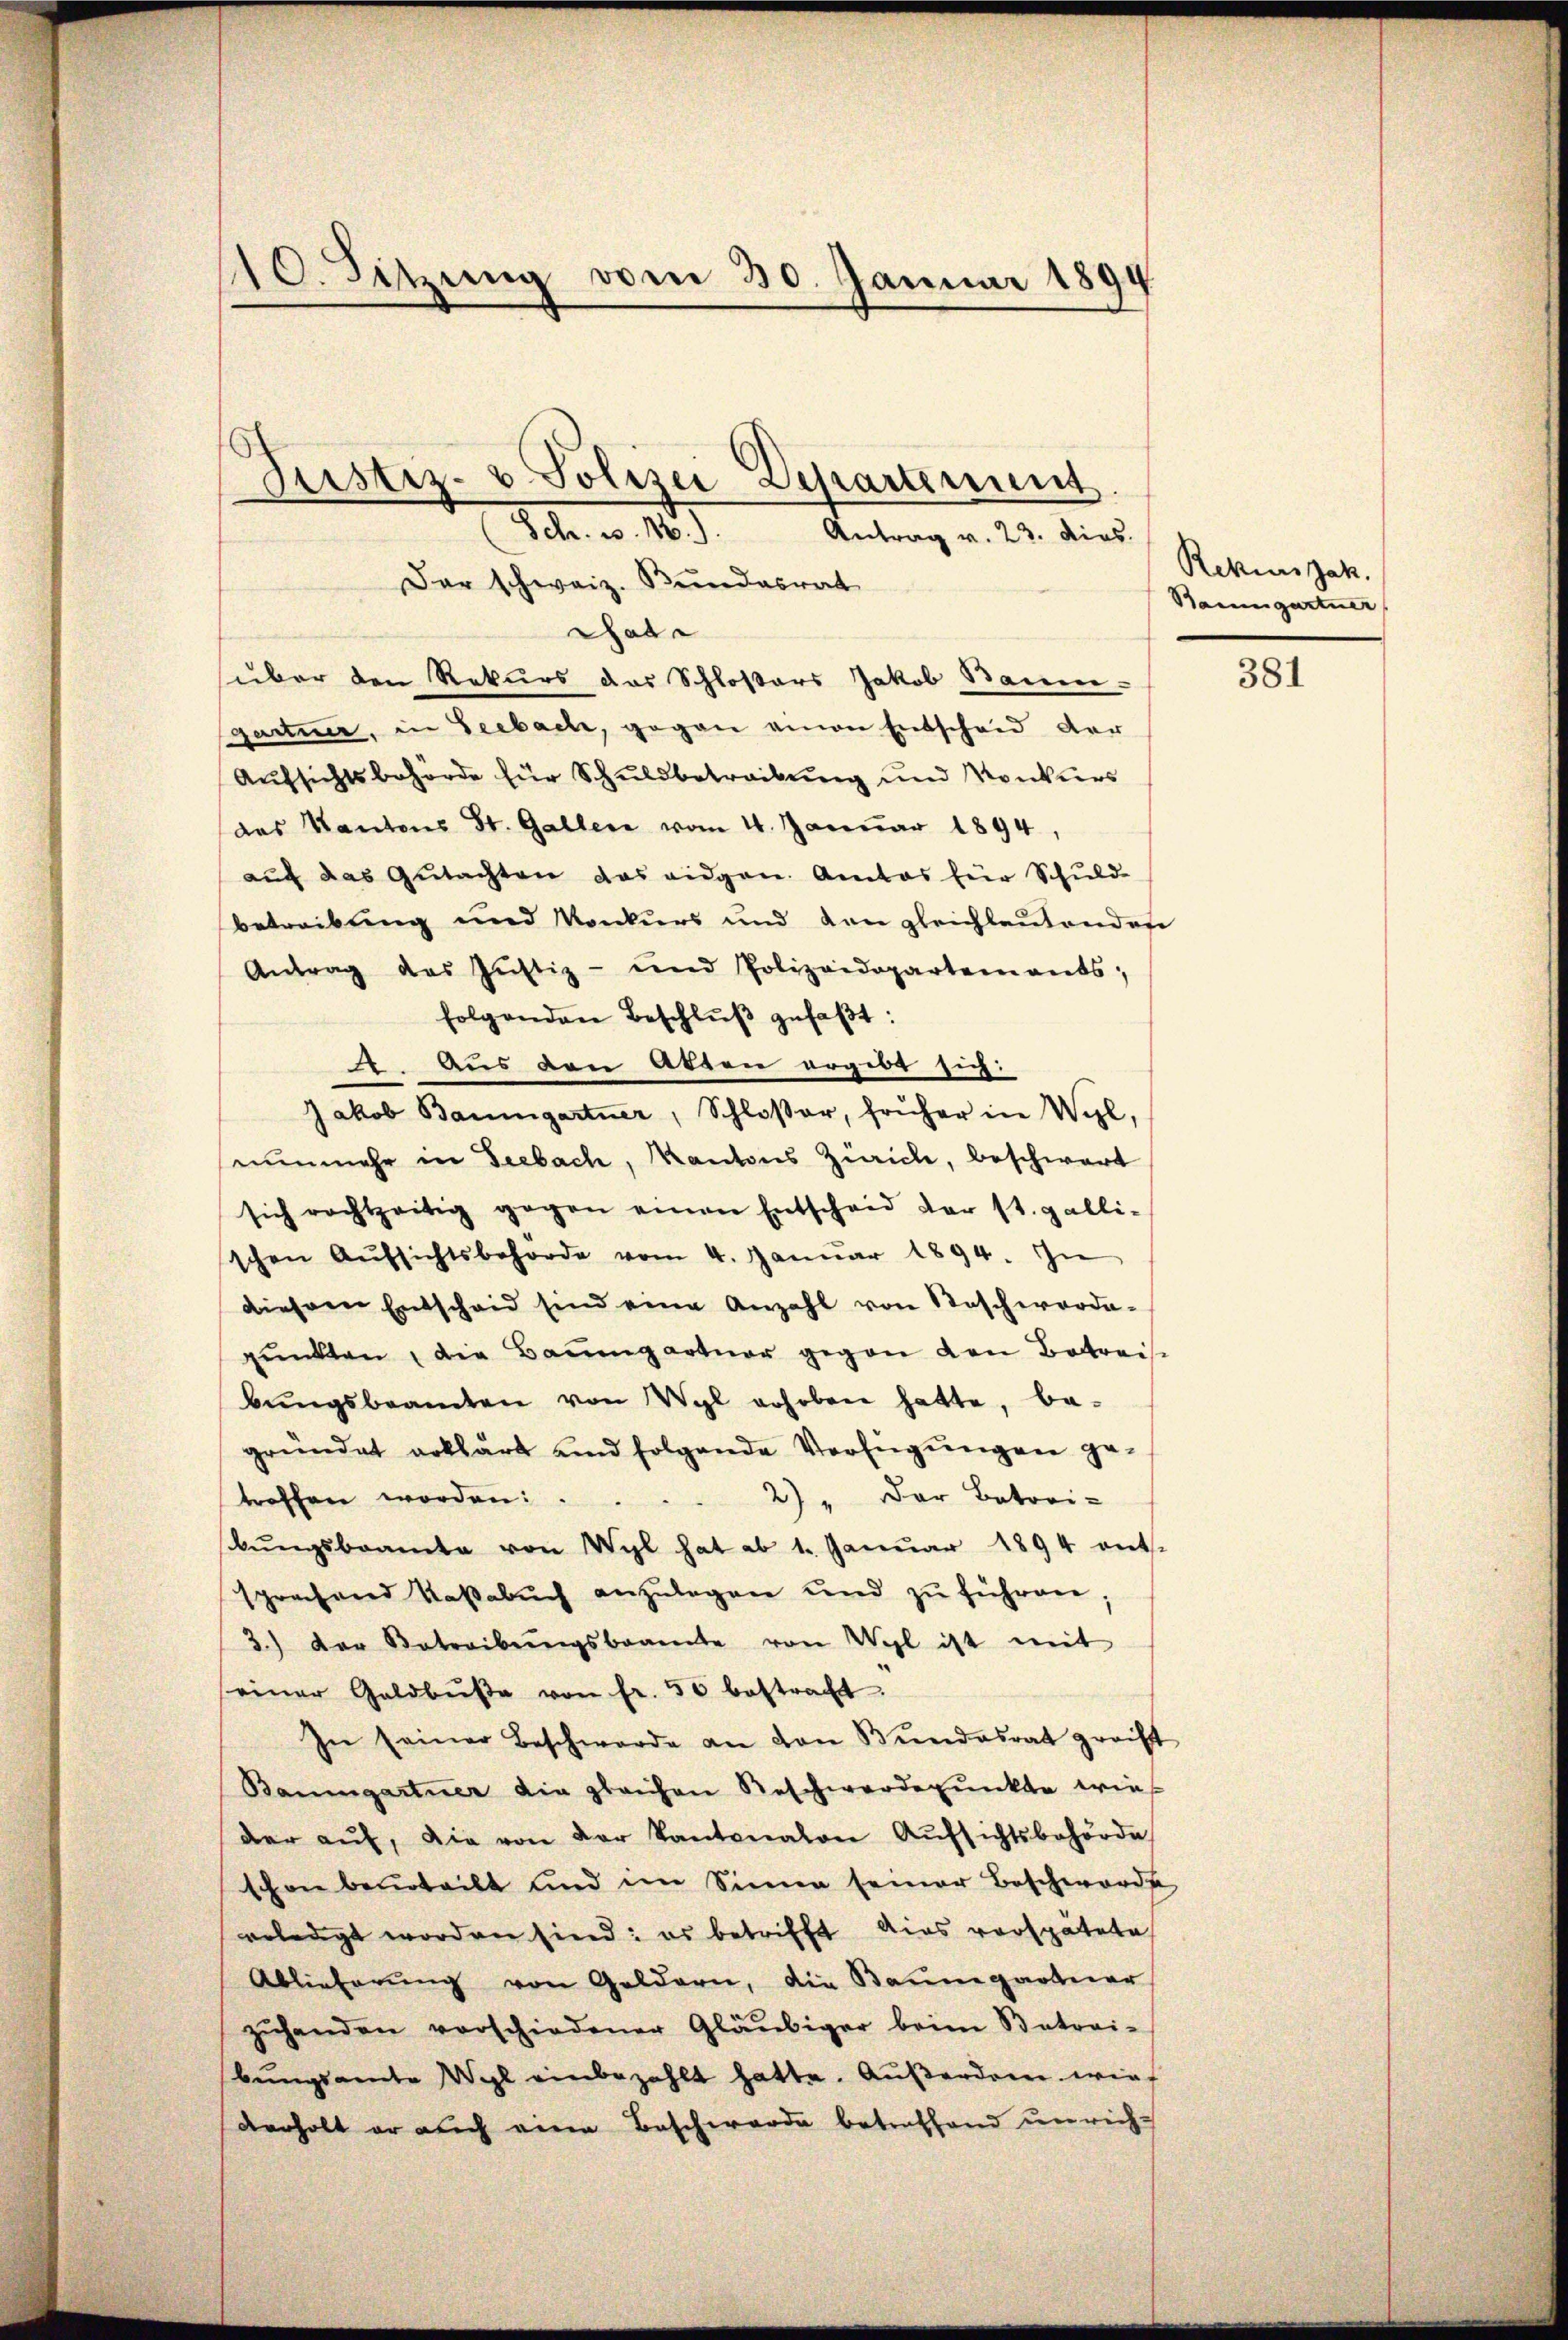
10. Sitzung vom 30. Januar 1894

.

Puster- u Polizei Departement.
Sch. v. 16.) Antrag v. 23. dies.

Dar schweiz. Kundesrat
Gade
über den Rekurs das Schloßers Jakob Baum-
gartner, in Seebach, gegen einen Entscheid der
Aufsichtsbehörde für Schuldbetreibung und Konkurs
das Kantons St. Gallen vom 4. Januar 1894,
auf das Gutachten das eidgen. Amtes für Schuld-
betreibung und Konkurs und den gleichleutenden
Antrag des Jŭstiz- und Polizeidepartements;
folgenden Beschlŭβ gefaβt:
4. Aus den Atten ergibt sich:
Jakob Baumgartner, Schloßer, früher in Wyl,
nunmehr in Seebach, Kantons Zürich, beschwert
sich rechtzeitig gegen einen Entscheid der st. galli-
schen Aŭfsichtsbehörde vom 4. Janŭar 1894. In
diesem Entscheid sind eine Anzahl von Beschwerde-
pŭnkten, die Baŭmgartner gegen den Betreisbŭngsbeamten von Wyl erhoben hatte, be-
gründet erklärt und folgende Verfügŭngen ge-
2) " der Batori-
troffen worden:
bŭngsbeamte von Wyl hat ab 1. Januar 1894 ent-
sprechend Kaβabŭch anzŭlegen und zŭ führen
3.) Der Betreibŭngsbeamte von Wyl ist mit
seiner Geldbŭβe von fr. 50 bestracht.
In seiner Beschwerde an von Bundesrat gericht
Baumgartner die gleichen Beschwerdepunkte wie
der aŭf, die von der Kantonalen Aŭfsichtsbehörde
schon beurteilt und im Sinne seiner Beschworde
erledigt worden sind: es betrifft dies verspätete
Ablieberŭng von Geldern, die Baumgartner
zŭhenden vorschiedener Gläubiger beim Batori-
bungsamte Wyl einbezahlt hatte. Außerdem wief
derholt er auch eine Beschwerde betreffend unrich¬

Rekurs Jak.
Bauungartner

381